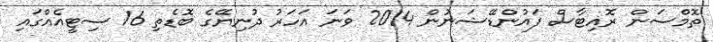
ތޮމްސަން ރޮއިޓާސް ފައުންޑޭޝަނުން 2014 ވަނަ އަަހަރު ދުނިޔޭގެ ބޮޑެތި 16 ސިޓީއެއްގައި